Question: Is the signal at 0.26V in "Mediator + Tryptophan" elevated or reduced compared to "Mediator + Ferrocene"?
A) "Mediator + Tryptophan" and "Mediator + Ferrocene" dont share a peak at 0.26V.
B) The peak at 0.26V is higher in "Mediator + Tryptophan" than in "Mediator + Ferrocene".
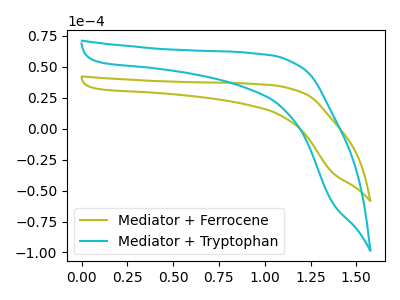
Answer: <think>The olive curve "Mediator + Ferrocene" has no peaks. The cyan curve "Mediator + Tryptophan" has no peaks.</think>
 <answer>A) "Mediator + Tryptophan" and "Mediator + Ferrocene" dont share a peak at 0.26V.</answer>
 <eval>A</eval>